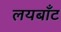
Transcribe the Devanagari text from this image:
लयबाँट